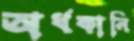
অর্ধকানি